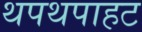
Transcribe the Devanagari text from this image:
थपथपाहट